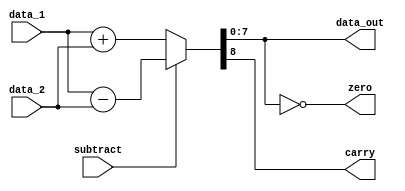
module alu
  #(parameter WIDTH = 8)
   
   (
    input [WIDTH-1:0]  data_1,
    input [WIDTH-1:0]  data_2,
    input              subtract,
    output [WIDTH-1:0] data_out,
    output             carry,
    output             zero             
    );                              
   
   assign {carry, data_out} = subtract ? data_1 - data_2 : data_1 + data_2;
   assign zero = (data_out == 0);
     
endmodule